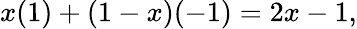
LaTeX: x(1)+(1-x)(-1)=2x-1,